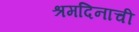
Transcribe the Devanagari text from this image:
श्रमदिनाची